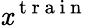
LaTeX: \mathit{x}^{\mathrm{{~t~r~a~i~n~}}}